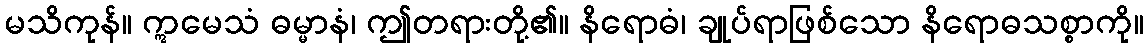
မသိကုန်။ ဣမေသံ ဓမ္မာနံ၊ ဤတရားတို့၏။ နိရောဓံ၊ ချုပ်ရာဖြစ်သော နိရောဓသစ္စာကို။